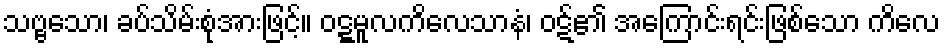
သဗ္ဗသော၊ ခပ်သိမ်းစုံအားဖြင့်။ ဝဋ္ဋမူလကိလေသာနံ၊ ဝဋ်၏ အကြောင်းရင်းဖြစ်သော ကိလေ